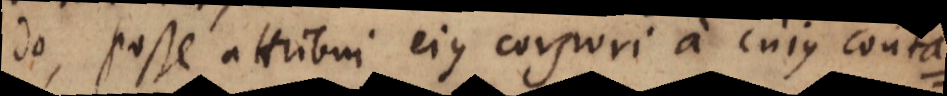
do, posse attribui ejus corpori a cujus conta